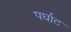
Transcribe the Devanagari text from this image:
पर्घाट